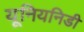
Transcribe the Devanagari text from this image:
यूनियनिडी